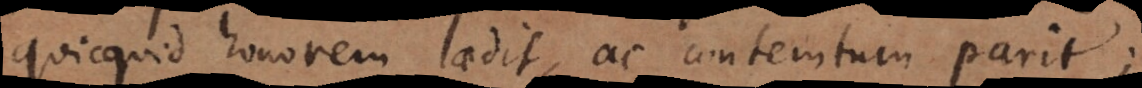
quicquid honorem laedit, ac contemtum parit;